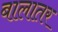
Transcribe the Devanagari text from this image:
बालातर